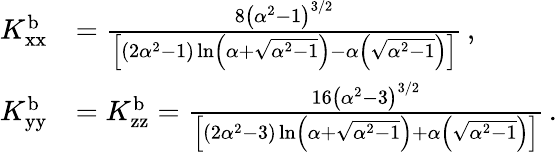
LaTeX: \begin{array}{rl}{K_{\textup{xx}}^{\textup{b}}}&{=\frac{8\left(\alpha^{2}-1\right)^{3/2}}{\left[\left(2\alpha^{2}-1\right)\ln\left(\alpha+\sqrt{\alpha^{2}-1}\right)-\alpha\left(\sqrt{\alpha^{2}-1}\right)\right]}\, ,}\\ {K_{\textup{yy}}^{\textup{b}}}&{=K_{\textup{zz}}^{\textup{b}}=\frac{16\left(\alpha^{2}-3\right)^{3/2}}{\left[\left(2\alpha^{2}-3\right)\ln\left(\alpha+\sqrt{\alpha^{2}-1}\right)+\alpha\left(\sqrt{\alpha^{2}-1}\right)\right]}\, .}\end{array}